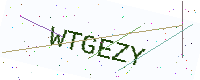
Text: WTGEZY